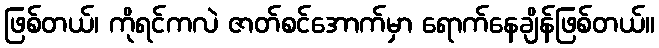
ဖြစ်တယ်၊ ကိုရင်ကလဲ ဇာတ်စင်အောက်မှာ ရောက်နေချိန်ဖြစ်တယ်။